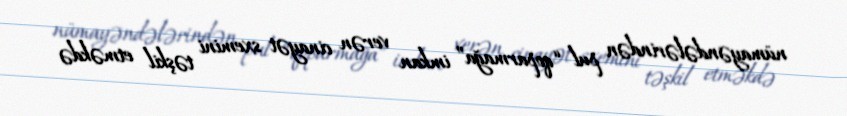
nümayəndələrindən pul “qoparmağa” imkan verən cinayət sxemini təşkil etməkdə